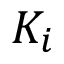
K _ { i }